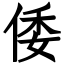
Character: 倭